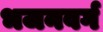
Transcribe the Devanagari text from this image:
भजनवर्ग